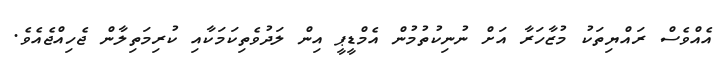
އެއްވެސް ރައްޔިތަކު މުޒާހަރާ އަށް ނުނިކުތުމުން އެމްޑީޕީ އިން ލަދުވެތިކަމަކާއި ކުރިމަތިލާން ޖެހިއްޖެއެވެ.